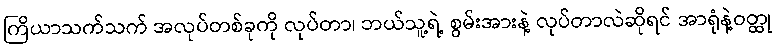
ကြိယာသက်သက် အလုပ်တစ်ခုကို လုပ်တာ၊ ဘယ်သူ့ရဲ့ စွမ်းအားနဲ့ လုပ်တာလဲဆိုရင် အာရုံနဲ့ဝတ္ထု